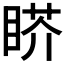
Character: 𰥬